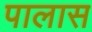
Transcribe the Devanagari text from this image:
पालास